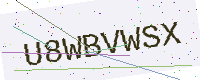
Text: U8WBVWSX